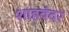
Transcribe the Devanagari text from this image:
शाहबंदर